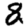
Digit: 8